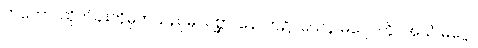
တတော၊ ထိုတံခါးကိုမှတ်သည်မှ။ ပစ္ဆာ၊ နောက်၌။ ယေန မဂ္ဂေါ၊ ကို။ အယံ မဂ္ဗေါ၊